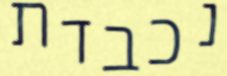
נכבדת